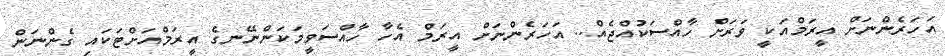
އަހަރެންނަށް އީރަމްއަކީ ވަރަށް ހާއްސަކުއްޖެއް.. އަހަރެންނަށް އީރަމް އެހާ ހާއްސަވީމަކަންނޭނގެ އީރަމްއަށްޓަކައި ގެންނަން